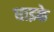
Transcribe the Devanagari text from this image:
धाइके